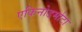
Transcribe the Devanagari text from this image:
एकिनोडर्माटा